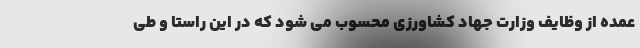
عمده از وظایف وزارت جهاد کشاورزی محسوب می شود که در این راستا و طی